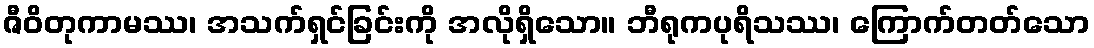
ဇီဝိတုကာမဿ၊ အသက်ရှင်ခြင်းကို အလိုရှိသော။ ဘီရုကပုရိသဿ၊ ကြောက်တတ်သော